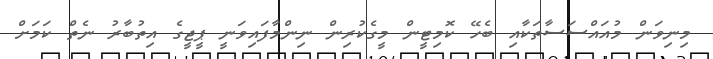
މިނިވަން މުއައްސަސާތަކާއި ބެހޭ ކޮމިޓީން މީގެކުރިން ނިންމާފައިވަނީ ޕީޖީގެ އިތުބާރު ނެތް ކަމަށް